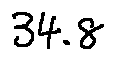
3 4 . 8